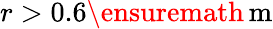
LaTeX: r>0.6\ensuremath{\, \mathrm{m}}